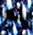
لم